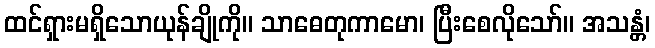
ထင်ရှားမရှိသောယုန်ချိုကို။ သာဓေတုကာမော၊ ပြီးစေလိုသော်။ အသန္တံ၊